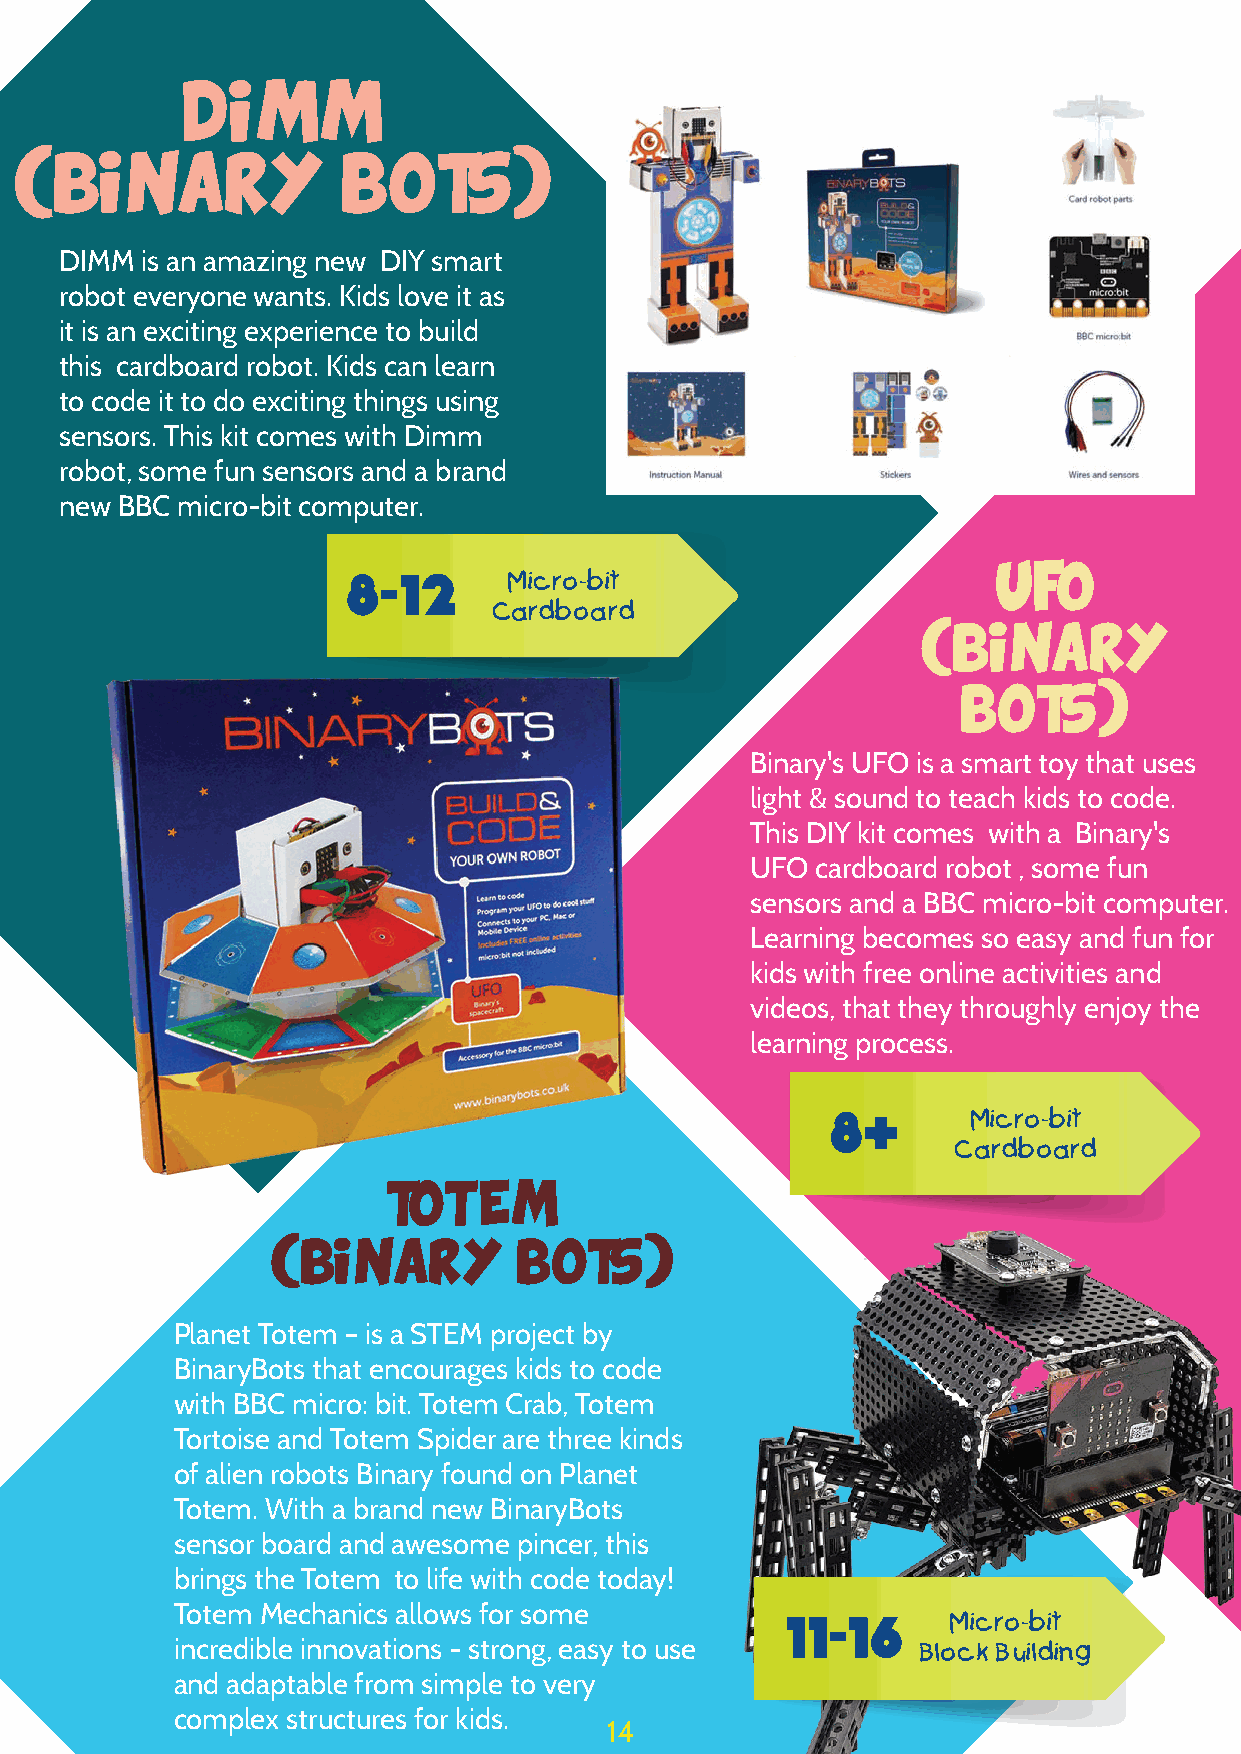
DIMM
 (BINARY               BOTS)
 DIMM is an amazing new DIY smart
 robot everyone wants. Kids love it as
 it is an exciting experience to build
 this cardboard robot. Kids can learn
 to code it to do exciting things using
 sensors. This kit comes with Dimm
 robot, some fun sensors and a brand
 new BBC micro-bit computer.
 8-12
 Micro-bit
 UFO
 Cardboard
 (BINARY
 BOTS)
 Binary's UFO is a smart toy that uses
 light & sound to teach kids to code.
 This DIY kit comes with a Binary's
 UFO cardboard robot , some fun
 sensors and a BBC micro-bit computer.
 Learning becomes so easy and fun for
 kids with free online activities and
 videos, that they throughly enjoy the
 learning process.
 8+
 Micro-bit
 Cardboard
 TOTEM
 (BINARY         BOTS)
 Planet Totem – is a STEM project by
 BinaryBots that encourages kids to code
 with BBC micro: bit. Totem Crab, Totem
 Tortoise and Totem Spider are three kinds
 of alien robots Binary found on Planet
 Totem. With a brand new BinaryBots
 sensor board and awesome pincer, this
 brings the Totem to life with code today!
 Totem Mechanics allows for some          11-16      Micro-bit
 incredible innovations - strong, easy to use      Block Building
 and adaptable from simple to very
 complex structures for kids.
 14